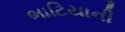
ભાટિયાની